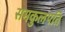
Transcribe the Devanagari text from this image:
समकुलपति